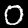
Label: 0